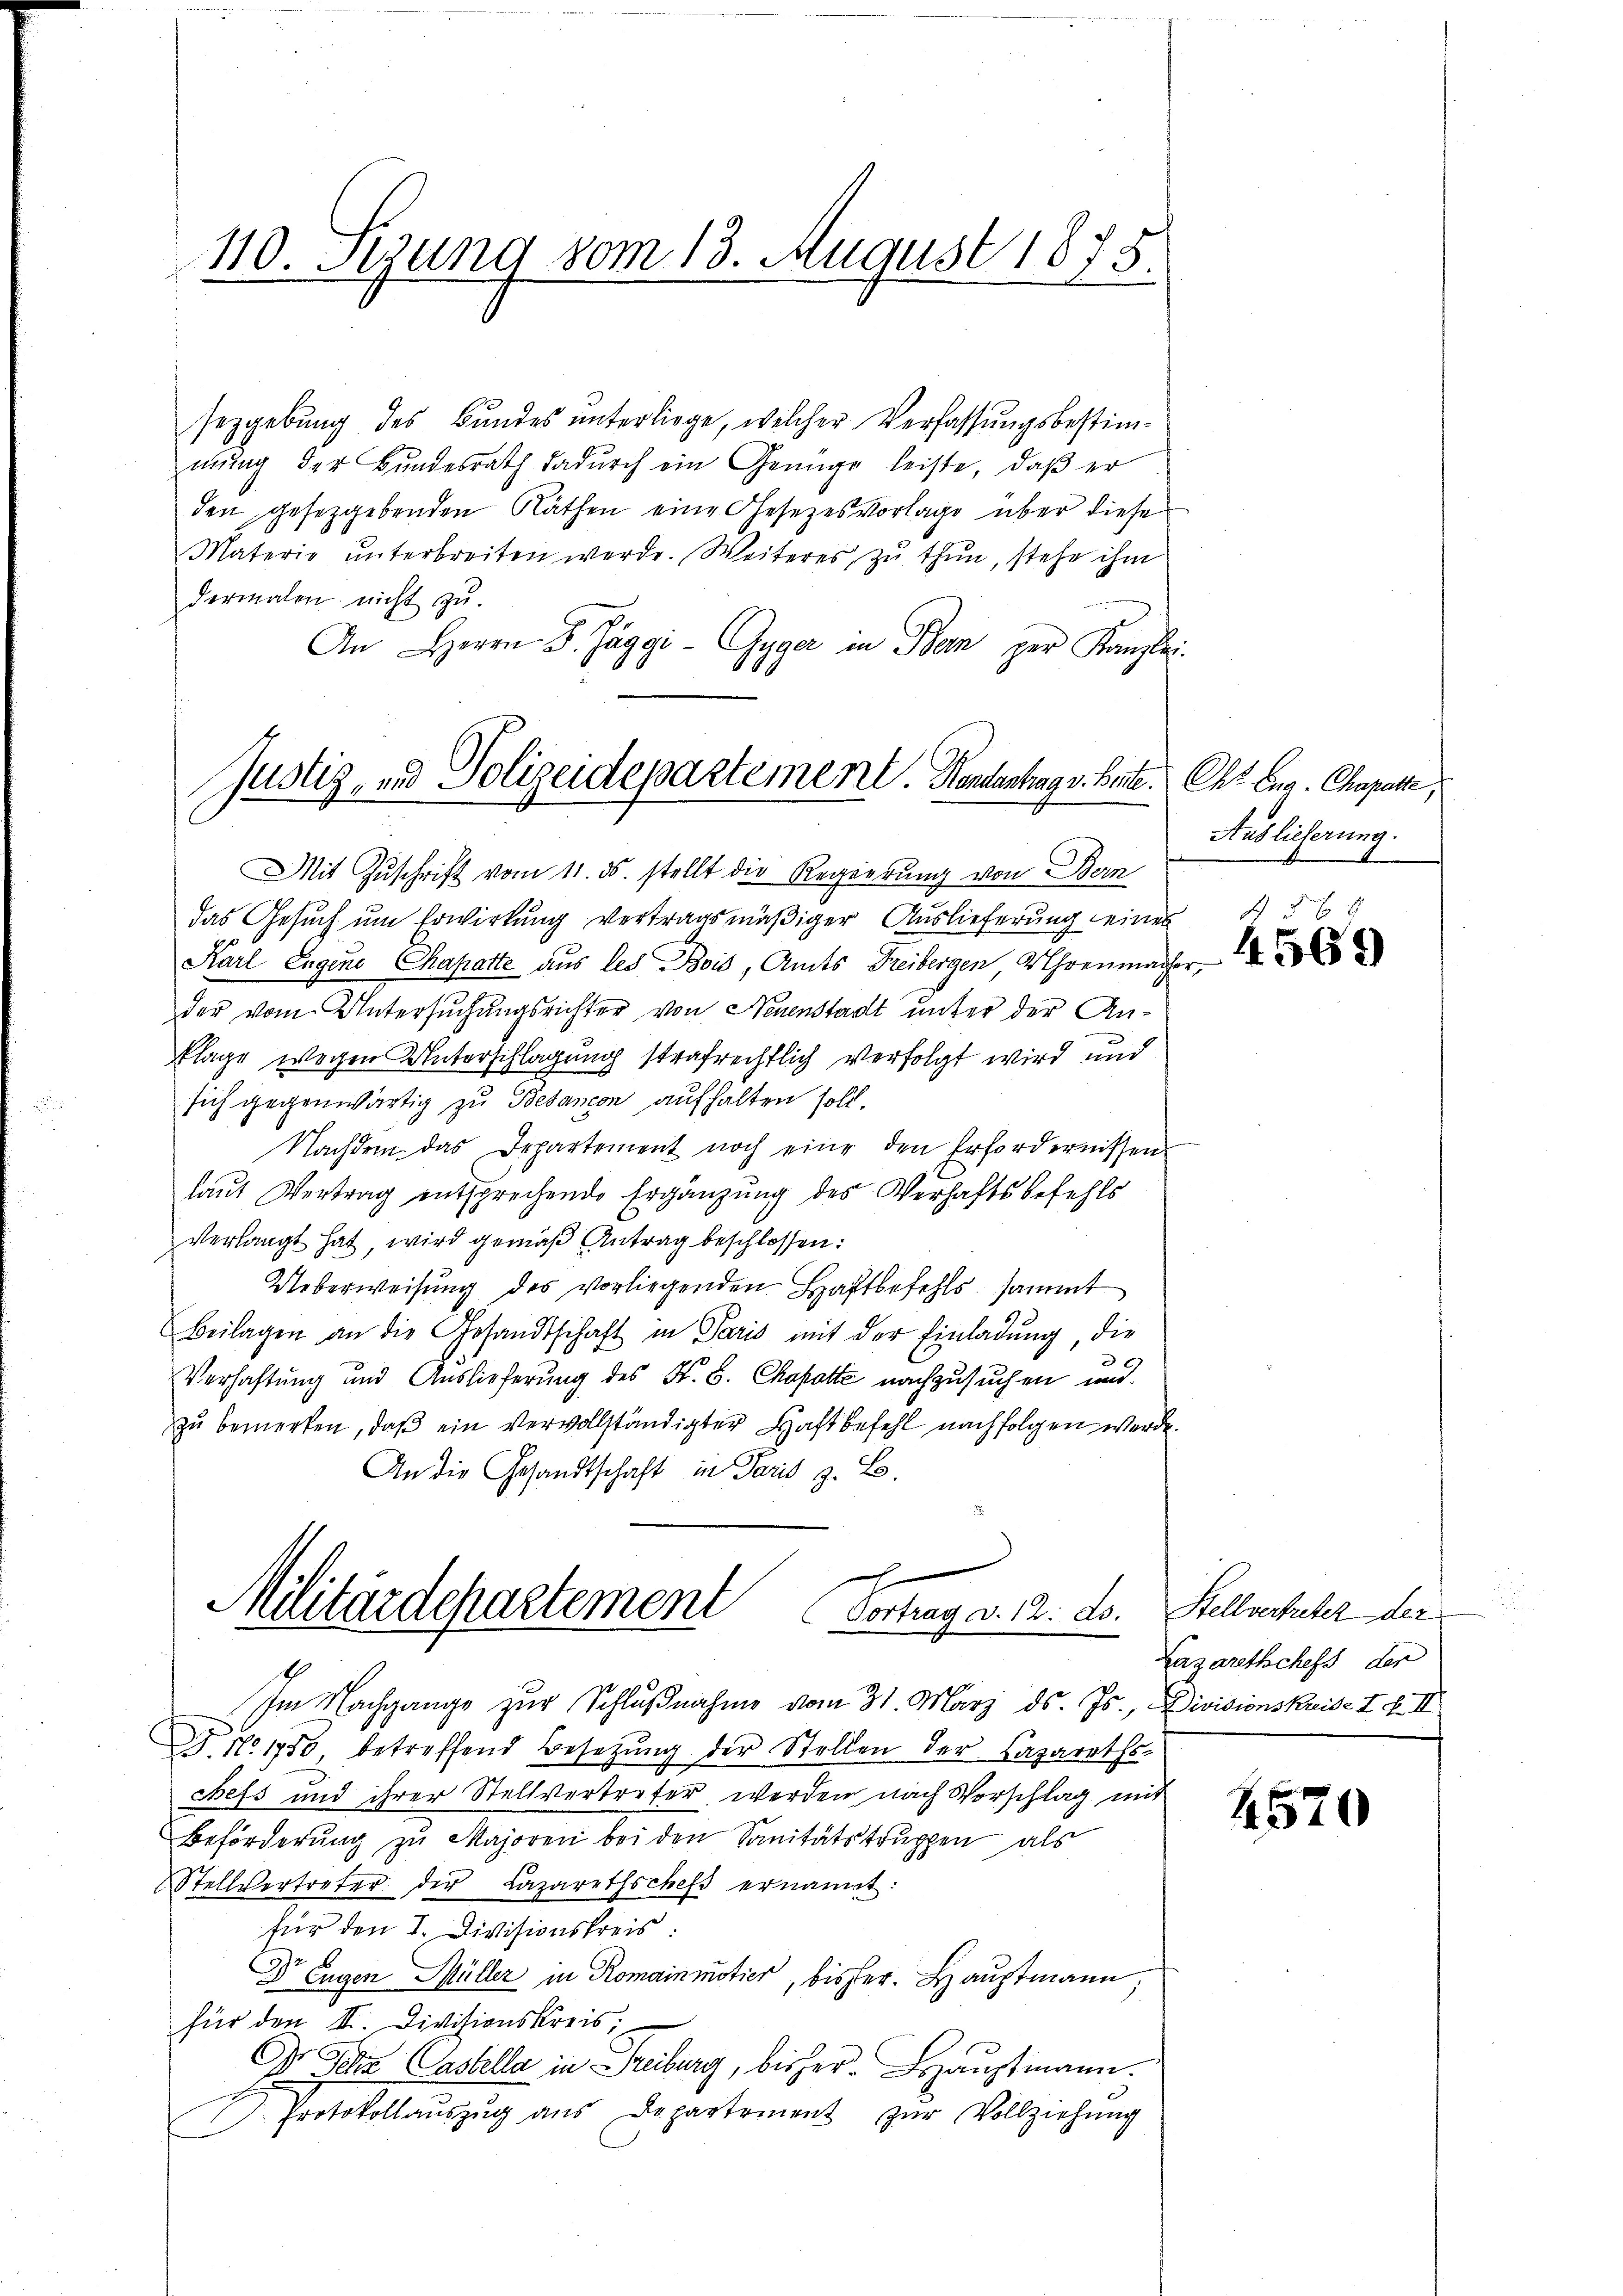
110. Setzung vom 13. August 1875

sezgebung des Bundes unterliege, welcher Verfassungsbestimmung der Bundesrath dadurch ein Genüge leiste, daß er
den gesetzgebenden Näthen eine Gesezesvorlage über diese
Materie ŭnterbreiten werde. Weiteres zŭ thun, stehe ihm
dermalen nicht zu.
An Herrn D. Jäggi- Gyger in Bern zur Kanzlei-

Justiz, und Polizeidepartement. Handentrag v. Baute. Chr. Eng- Chapelle,

Mit Zuschrift vom 11. ds. stellt die Regierung von Bern
das Gesuch um Erwirkung vertragsmäßiger Auslieferung eines
Karl Eugene Chapatte aus les Bois, Amts Freibergen, Uhrenmacher,
der vom Untersuchungsrichter von Neuenstadt unter der Anklage wegen Unterschlagung strafrechtlich verfolgt wird und
sich gegenwärtig zu Bebancon aufhalten soll.
Nachdem das Departement noch eine den Erfordernissen
laut Vertrag entsprechende Ergänzung des Verhaftsbefehls
verlangt hat, wird gemäß Antrag beschlossen:
Ueberweisung des vorliegenden Haftbefehls, sammt
Beilagen an die Gesandtschaft in Paris mit der Einladŭng, die
 E
Verhaftung und Auslieferung des F. B. Chapotte nachzusuchen und
zu bemerken, daß ein vervollständigter Haftbefehl nachfolgen werde.
An die Gesandtschaft in Paris z. B.

Militärdepartement Vortrag a. 12. ds. Stellvertreter der

Im Nachgange zur Schlußnahme vom 31. März ds. Js., Divisionskaise I F. II

No 1755 betreffend Besetzung der Stellen der Lazarethschefs und ihrer Stellvertreter werden nach Vorschlag mit
Beförderŭng zŭ Majoren bei den Sanitätstruppen als
Stellvertreter der Lazarethschefs ernannt:
für den I. Divisionskreis:
D Eugen Müller in Romainmotier, bisher. Hauptmann,
für den III. Divisionskreis:
Dr Schinz (Castella in Freiburg, bisher. Hauptmann.
I. Protokollaŭszŭg aŭs Departement zŭr Vollziehung

Auslieferung.

4 56 x
4569

Lazarethchefs der

2570